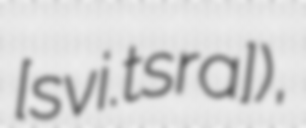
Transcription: [svi.t͡sra]),